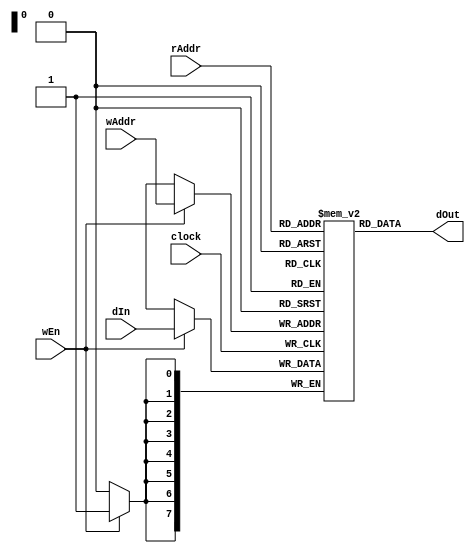
`timescale 1ns / 1ps
/*
 * Project      : University of Utah, XUM Project MIPS32 core
 * Creator(s)   : Grant Ayers (ayers@cs.utah.edu)
 *
 * Modification History:
 *   Rev   Date         Initials  Description of Change
 *   1.0   4-Apr-2010   GEA       Initial design.
 *
 * Standards/Formatting:
 *   Verilog 2001, 4 soft tab, wide column.
 *
 * Description:
 *   A simple memory of varying width and depth. Reads are asynchronous,
 *   writes are synchronous. Defaults to 8-bit width and 8-bit depth for
 *   a total of 8-bit * 256 entry or 256 bytes of storage.
 */
module SRAM(clock, wEn, rAddr, wAddr, dIn, dOut);
    parameter DATA_WIDTH = 8;
    parameter ADDR_WIDTH = 8;
    parameter RAM_DEPTH = 1 << ADDR_WIDTH;
    input clock;
    input wEn;
    input [(ADDR_WIDTH-1):0] rAddr;
    input [(ADDR_WIDTH-1):0] wAddr;
    input [(DATA_WIDTH-1):0] dIn;
    output [(DATA_WIDTH-1):0] dOut;   

    reg [(DATA_WIDTH-1):0] mem [0:(RAM_DEPTH-1)];
    assign dOut = mem[rAddr];
   
    always @(posedge clock) begin
        if (wEn) mem[wAddr] <= dIn;
    end

endmodule